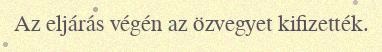
Az eljárás végén az özvegyet kifizették.